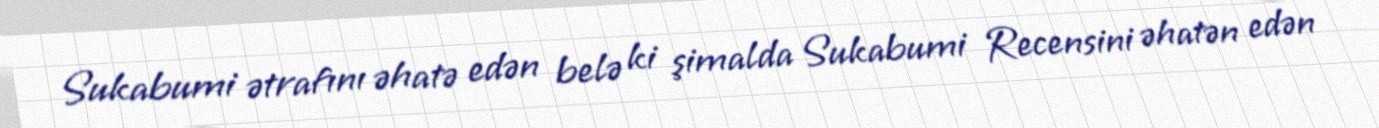
Sukabumi ətrafını əhatə edən belə ki şimalda Sukabumi Recensini əhatən edən